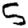
Digit: 5